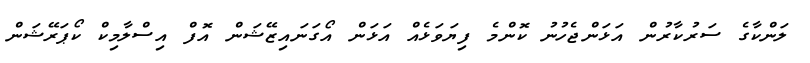
ލަންކާގެ ސަރުކާރުން އަޅަންޖެހުނު ކޮންމެ ފިޔަވަޅެއް އަޅަން އޯގަނައިޒޭޝަން އޮފް އިސްލާމިކް ކޯޕަރޭޝަން